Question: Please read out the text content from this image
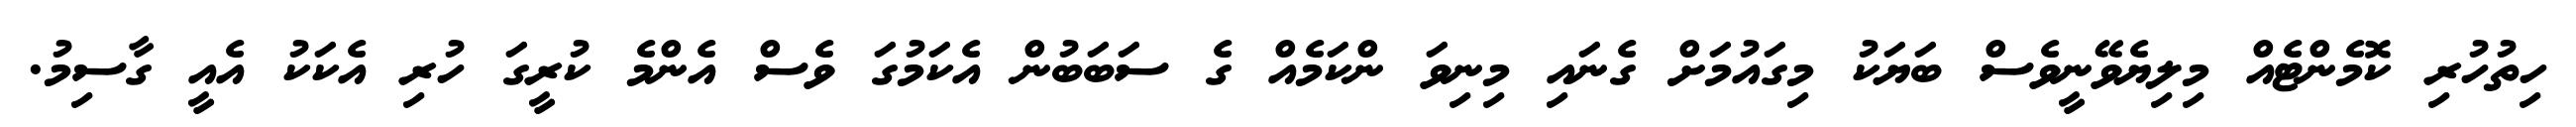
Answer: ހިތުހުރި ކޮމެންޓެއް މިލިޔެވޭނީވެސް ބަޔަކު މިގައުމަށް ގެނައި މިނިވަ ންކަމެއް ގެ ސަބަބުން އެކަމުގަ ވެސް އެންމެ ކުރީގަ ހުރި އެކަކު އެއީ ގާސިމު.